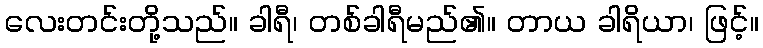
လေးတင်းတို့သည်။ ခါရီ၊ တစ်ခါရီမည်၏။ တာယ ခါရိယာ၊ ဖြင့်။